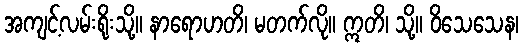
အကျင့်လမ်းရိုးသို့။ နာရောဟတိ၊ မတက်လို။ ဣတိ၊ သို့။ ဝိသေသေန၊